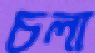
চলা